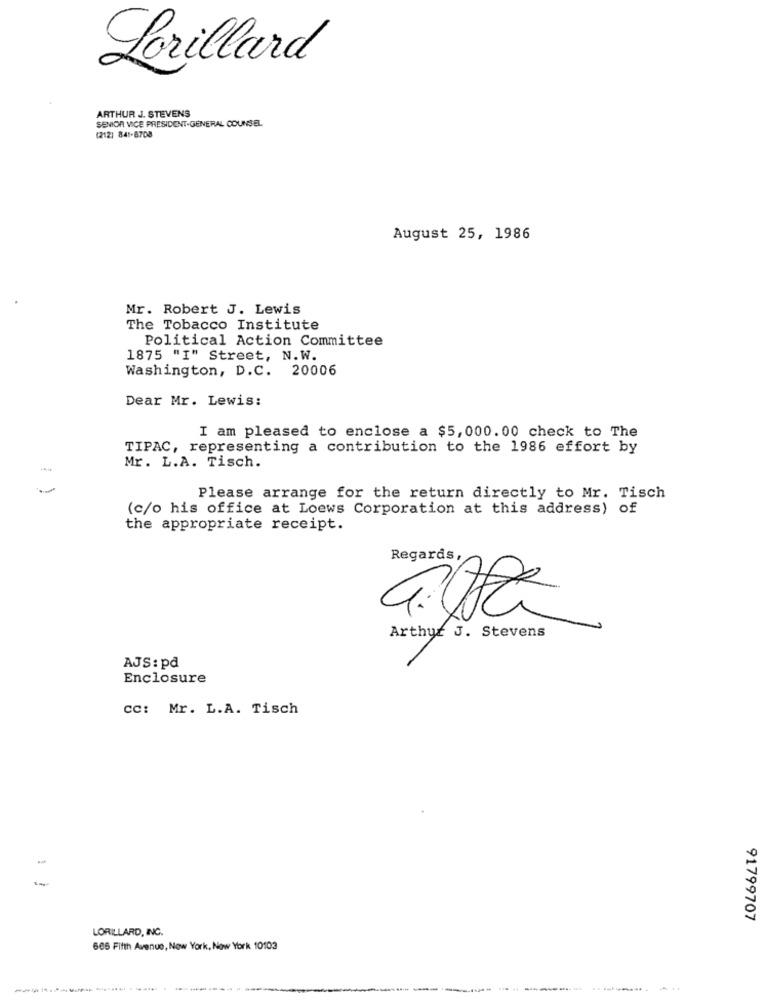
Lorillard
ARTHUR J. STEVENS
SENIOR VICE PRESIDENT-GENERAL COUNSEL
(212) 841-8708
August 25, 1986
Mr. Robert J. Lewis
The Tobacco Institute
Political Action Committee
1875 "I" Street, N.W.
Washington, D.C. 20006
Dear Mr. Lewis:
I am pleased to enclose a $5,000.00 check to The
TIPAC, representing a contribution to the 1986 effort by
Mr. L.A. Tisch.
Please arrange for the return directly to Mr. Tisch
(c/o his office at Loews Corporation at this address) of
the appropriate receipt.
Regards,
Arthur J. Stevens
AJS: pd
Enclosure
cc: Mr. L.A. Tisch
1
91799707
LORILLARD, INC.
665 Fifth Avenue, New York, New York 10103
--